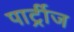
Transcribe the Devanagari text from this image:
पार्ट्रीज